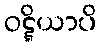
ဝဋ္ဋိယာပိ